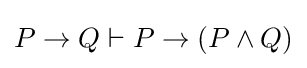
P\to Q\vdash P\to (P\land Q)